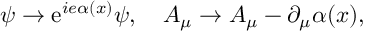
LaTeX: \psi \rightarrow \mathrm { e } ^ { i e \alpha ( x ) } \psi , \quad A _ { \mu } \rightarrow A _ { \mu } - \partial _ { \mu } \alpha ( x ) ,